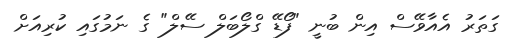
ގަތަރު އެއާވޭސް އިން ބުނީ "ފޯޑޭ ގްލޯބަލް ސޭލް" ގެ ނަމުގައި ކުރިއަށް